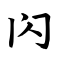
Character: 闪